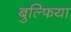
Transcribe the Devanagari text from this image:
बुल्फिया